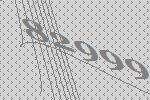
82999